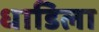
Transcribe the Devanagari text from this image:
धाडिला